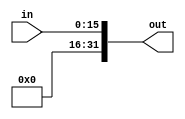
module ZeroExtend(input[15:0] in,
									output[31:0] out);

  assign out = {{16'h0000}, in};

endmodule
module Datapath(input clock,
		input clear);

	// PC register
	wire[31:0] pc_in;
	wire[31:0] pc_out;
	PcRegister pc_register(
			clock,
			clear,
			pc_in,
			pc_out);

	// Instruction memory
	wire[31:0] instruction_memory_address;
	wire[31:0] instruction_memory_instr;
	InstructionMemory instruction_memory(
			clock,
			clear,
			instruction_memory_address,
			instruction_memory_instr);

	// Connections for instruction memory
	assign instruction_memory_address = pc_out;

	// Adder4
	wire[31:0] adder4_in;
	wire[31:0] adder4_out;
	Adder4 adder4(adder4_in,
			adder4_out);

	// Connections for Adder4
	assign adder4_in = pc_out;

	// PC MUX
	wire[31:0] pc_mux_in0;
	wire[31:0] pc_mux_in1;
	wire[31:0] pc_mux_out;
	wire pc_mux_sel;
	Mux32Bit2To1 pc_mux(pc_mux_in0,
			pc_mux_in1,
			pc_mux_sel,
			pc_mux_out);

	// Connections for PC MUX
	assign pc_in = pc_mux_out;
	assign pc_mux_in0 = adder4_out;

	// Register file MUX
	wire[4:0] register_file_mux_in0;
	wire[4:0] register_file_mux_in1;
	wire[4:0] register_file_mux_out;
	wire register_file_mux_sel;
	Mux5Bit2To1 register_file_mux(
			register_file_mux_in0,
			register_file_mux_in1,
			register_file_mux_sel,
			register_file_mux_out);

	// Connections for register file MUX
	assign register_file_mux_in0 = instruction_memory_instr[20:16];
	assign register_file_mux_in1 = instruction_memory_instr[15:11];

	// Register file
	wire[4:0] register_file_read_index1;
	wire[31:0] register_file_read_data1;
	wire[4:0] register_file_read_index2;
	wire[31:0] register_file_read_data2;
	wire register_file_write;
	wire[4:0] register_file_write_index;
	wire[31:0] register_file_write_data;
	RegisterFile register_file(
			clock,
			clear,
			register_file_read_index1,
			register_file_read_data1,
			register_file_read_index2,
			register_file_read_data2,
			register_file_write,
			register_file_write_index,
			register_file_write_data);

	// Connections for register file
	assign register_file_read_index1 = instruction_memory_instr[25:21];
	assign register_file_read_index2 = instruction_memory_instr[20:16];
	assign register_file_write_index = register_file_mux_out;

	// ALU MUX
	wire[31:0] alu_mux_in0;
	wire[31:0] alu_mux_in1;
	wire[31:0] alu_mux_out;
	wire alu_mux_sel;
	Mux32Bit2To1 alu_mux(
			alu_mux_in0,
			alu_mux_in1,
			alu_mux_sel,
			alu_mux_out);

	// Connections for ALU MUX
	assign alu_mux_in0 = register_file_read_data2;

	// ALU
	wire[31:0] alu_op1;
	wire[31:0] alu_op2;
	wire[2:0] alu_f;
	wire[31:0] alu_result;
	wire alu_zero;
	Alu alu(alu_op1,
			alu_op2,
			alu_f,
			alu_result,
			alu_zero);

	// Connections for ALU
	assign alu_op1 = register_file_read_data1;
	assign alu_op2 = alu_mux_out;

	// Data memory
	wire[31:0] data_memory_address;
	wire data_memory_write;
	wire[31:0] data_memory_write_data;
	wire[31:0] data_memory_read_data;
	DataMemory data_memory(
			clock,
			clear,
			data_memory_address,
			data_memory_write,
			data_memory_write_data,
			data_memory_read_data);

	// Connections for data memory
	assign data_memory_address = alu_result;
	assign data_memory_write_data = register_file_read_data2;

	// Data memory MUX
	wire[31:0] data_memory_mux_in0;
	wire[31:0] data_memory_mux_in1;
	wire data_memory_mux_sel;
	wire[31:0] data_memory_mux_out;
	Mux32Bit2To1 data_memory_mux(
			data_memory_mux_in0,
			data_memory_mux_in1,
			data_memory_mux_sel,
			data_memory_mux_out);

	// Connections for data memory MUX
	assign data_memory_mux_in0 = alu_result;
	assign data_memory_mux_in1 = data_memory_read_data;
	assign register_file_write_data = data_memory_mux_out;

	// Extension MUX
	wire[31:0] extension_mux_in0;
	wire[31:0] extension_mux_in1;
	wire extension_mux_sel;
	wire[31:0] extension_mux_out;
	Mux32Bit2To1 extension_mux(
		extension_mux_in0,
		extension_mux_in1,
		extension_mux_sel,
		extension_mux_out);

	// SignExtend
	wire[15:0] sign_extend_in;
	wire[31:0] sign_extend_out;
	SignExtend sign_extend(
			sign_extend_in,
			sign_extend_out);

	// ZeroExtend
	wire[15:0] zero_extend_in;
	wire[31:0] zero_extend_out;
	ZeroExtend zero_extend(
		zero_extend_in,
		zero_extend_out);

	// Connections for SignExtend
	assign sign_extend_in = instruction_memory_instr[15:0];
	assign extension_mux_in0 = sign_extend_out;

	// Connections for ZeroExtend
	assign zero_extend_in = instruction_memory_instr[15:0];
	assign extension_mux_in1 = zero_extend_out;

	// Connection for Extension MUX
	assign alu_mux_in1 = extension_mux_out;
	assign shift_left_in = extension_mux_out;

	// ShiftLeft
	wire[31:0] shift_left_in;
	wire[31:0] shift_left_out;
	ShiftLeft shift_left(
			shift_left_in,
			shift_left_out);

	// Adder
	wire[31:0] adder_op1;
	wire[31:0] adder_op2;
	wire[31:0] adder_result;
	Adder adder(adder_op1,
			adder_op2,
			adder_result);

	// Connections for adder
	assign adder_op1 = shift_left_out;
	assign adder_op2 = adder4_out;
	assign pc_mux_in1 = adder_result;

	// And gate
	wire and_gate_in1;
	wire and_gate_in2;
	wire and_gate_out;
	and and_gate(and_gate_out,
			and_gate_in1,
			and_gate_in2);

	// Connections for and gate
	assign and_gate_in2 = alu_zero;
	assign pc_mux_sel = and_gate_out;

	// Control unit
	wire[5:0] control_unit_opcode;
	wire[5:0] control_unit_funct;
	wire control_unit_reg_dst;
	wire control_unit_reg_write;
	wire control_unit_alu_src;
	wire[2:0] control_unit_alu_op;
	wire control_unit_branch;
	wire control_unit_mem_write;
	wire control_unit_mem_to_reg;
	wire control_unit_imm_extend;
	ControlUnit control_unit(
			control_unit_opcode,
			control_unit_funct,
			control_unit_reg_dst,
			control_unit_reg_write,
			control_unit_alu_src,
			control_unit_alu_op,
			control_unit_branch,
			control_unit_mem_write,
			control_unit_mem_to_reg,
			control_unit_imm_extend);

	// Connections for control unit
	assign control_unit_opcode = instruction_memory_instr[31:26];
	assign control_unit_funct = instruction_memory_instr[5:0];
	assign register_file_mux_sel = control_unit_reg_dst;
	assign register_file_write = control_unit_reg_write;
	assign alu_mux_sel = control_unit_alu_src;
	assign alu_f = control_unit_alu_op;
	assign and_gate_in1 = control_unit_branch;
	assign data_memory_write = control_unit_mem_write;
	assign data_memory_mux_sel = control_unit_mem_to_reg;
	assign extension_mux_sel = control_unit_imm_extend;

endmodule